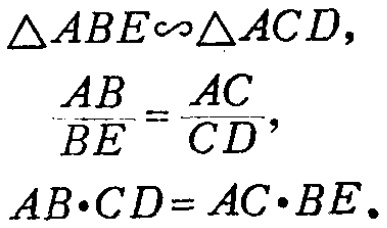
\(\triangle ABE\sim\triangle ACD,\)
\(\frac{AB}{BE}=\frac{AC}{CD},\)
\(AB\cdot CD = AC\cdot BE.\)